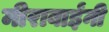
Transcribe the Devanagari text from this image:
मीराबाईंनी